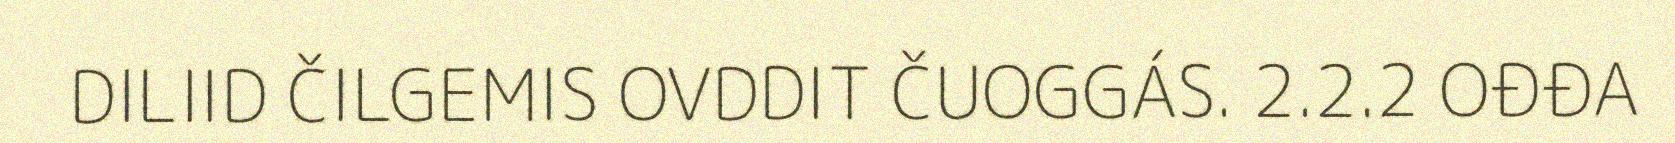
DILIID ČILGEMIS OVDDIT ČUOGGÁS. 2.2.2 OĐĐA